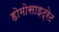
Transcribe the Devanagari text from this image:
होमोसाइट्रेट